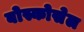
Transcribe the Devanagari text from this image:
बोस्कोसेल